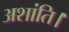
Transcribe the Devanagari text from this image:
अशांति।